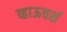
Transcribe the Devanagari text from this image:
व्हाऊचर्स